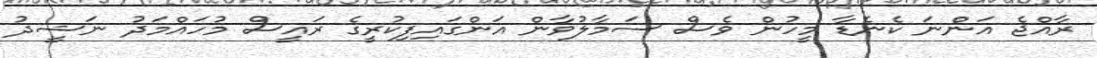
ރާއްޖެ އަންނަ ކެނެޑާ މީހުން ވެސް ސަމާލުވާން އަންގައިފިކުރީގެ ރައީސް މުހައްމަދު ނަޝީދު